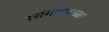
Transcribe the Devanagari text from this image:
प्रसंगांवरच्या